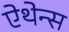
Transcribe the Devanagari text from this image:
ऐथेन्स